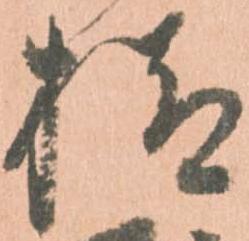
様